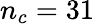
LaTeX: n_{c}=31